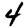
Digit: 4